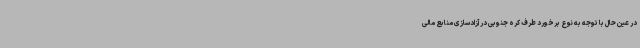
در عین حال با توجه به نوع برخورد طرف کره جنوبی در آزادسازی منابع مالی